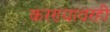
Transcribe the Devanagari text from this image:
करण्यावरही